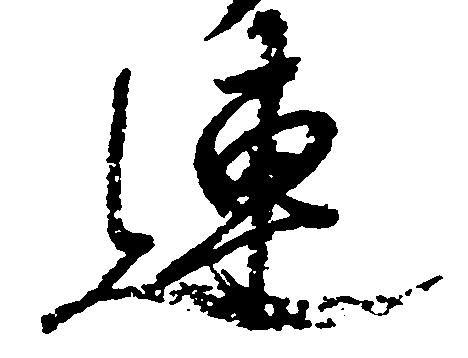
連